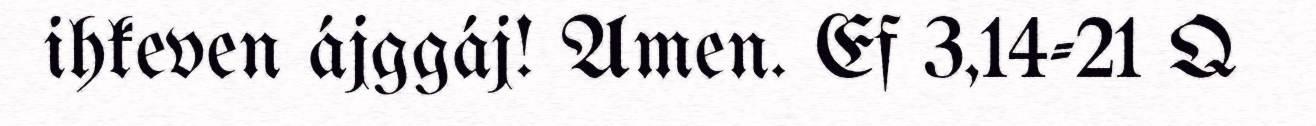
ihkeven ájggáj! Amen. Ef 3,14-21 Q